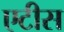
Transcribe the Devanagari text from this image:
एटीस